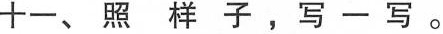
十一、照样子，写一写。